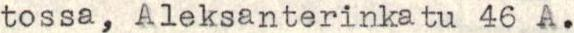
tossa,Aleksanterinkatu 46 A.